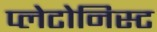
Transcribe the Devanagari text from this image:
प्लेटोनिस्ट